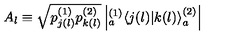
A _ { l } \equiv \sqrt { p _ { j ( l ) } ^ { ( 1 ) } p _ { k ( l ) } ^ { ( 2 ) } } \left| { } _ { a } ^ { ( 1 ) } \! \left\langle { j ( l ) } | { k ( l ) } \right\rangle _ { a } ^ { ( 2 ) } \right|